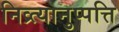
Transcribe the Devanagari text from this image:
निव्र्त्यानुप्पत्ति